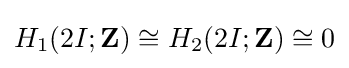
H_{1}(2I;\mathbf {Z} )\cong H_{2}(2I;\mathbf {Z} )\cong 0